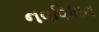
નવવિધાન